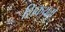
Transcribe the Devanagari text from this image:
शिकयतों